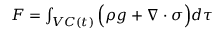
\begin{array} { r } { F = \int _ { V C ( t ) } \Big ( \rho g + \nabla \cdot \sigma \Big ) d \tau } \end{array}